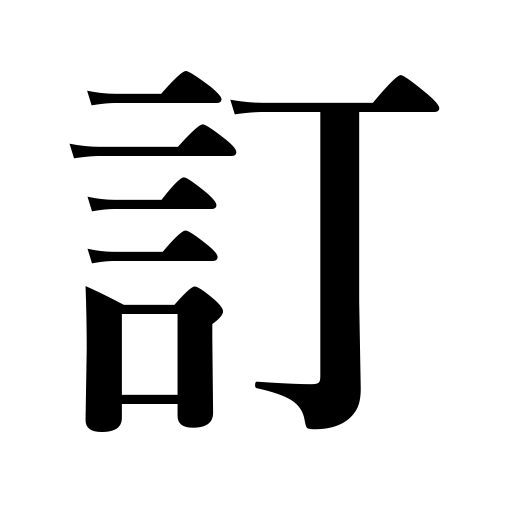
Meanings: decide,correct